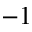
- 1